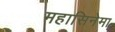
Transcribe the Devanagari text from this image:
महासिनेमा